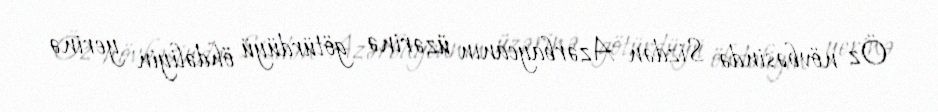
Öz növbəsində Sizdən Azərbaycanın üzərinə götürdüyü öhdəliyin yerinə